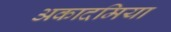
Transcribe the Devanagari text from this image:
अकादमिया